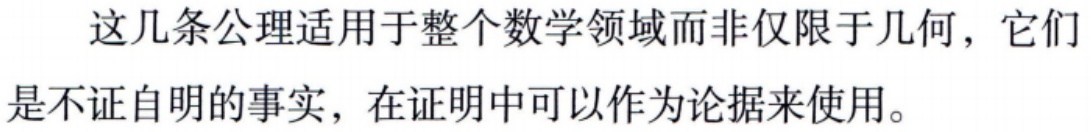
这几条公理适用于整个数学领域而非仅限于几何，它们是不证自明的事实，在证明中可以作为论据来使用。